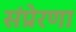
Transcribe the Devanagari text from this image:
संप्रेरणा